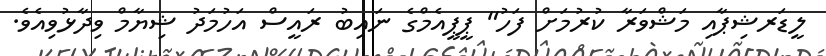
ލީޑަރޝިޕާއި މަޝްވަރާ ކުރުމަށް ފަހު" ޕީޕީއެމްގެ ނައިބު ރައީސް އަހުމަދު ޝިޔާމް ވިދާޅުވިއެވެ.